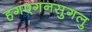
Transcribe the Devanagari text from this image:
हगएगनसुगलु